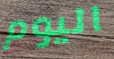
اليوم